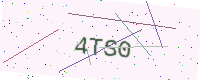
Text: 4TS0